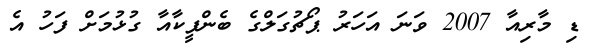
ޑި މާރިއާ 2007 ވަނަ އަހަރު ޕޯޗުގަލްގެ ބެންފީކާއާ ގުޅުމަށް ފަހު އެ